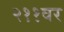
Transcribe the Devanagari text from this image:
२११वर